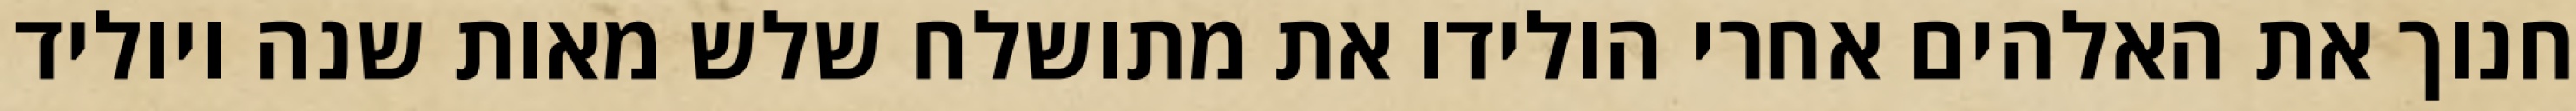
חנוך את האלהים אחרי הולידו את מתושלח שלש מאות שנה ויוליד